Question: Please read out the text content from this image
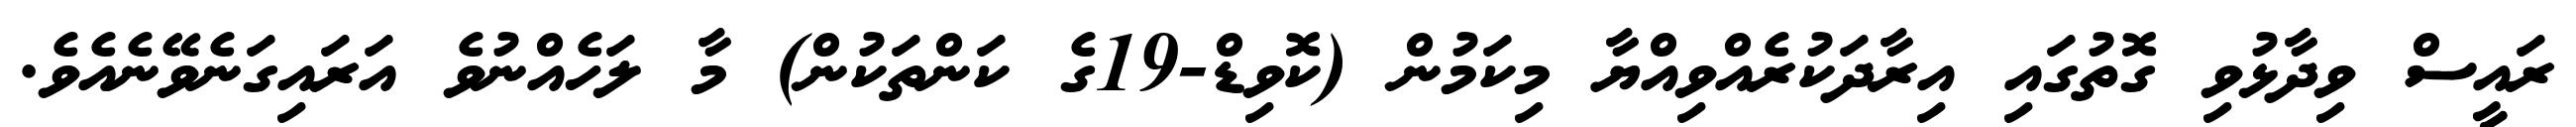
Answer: ރައީސް ވިދާޅުވި ގޮތުގައި އިރާދަކުރެއްވިއްޔާ މިކަމުން (ކޮވިޑް-19ގެ ކަންތަކުން) މާ ލަހެއްނުވެ އަރައިގަނެވޭނެއެވެ.